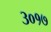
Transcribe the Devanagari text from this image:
३०१७